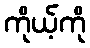
ကိုယ့်ကို